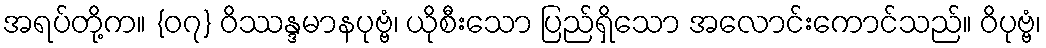
အရပ်တို့က။ {၀၇} ဝိဿန္ဒမာနပုဗ္ဗံ၊ ယိုစီးသော ပြည်ရှိသော အလောင်းကောင်သည်။ ဝိပုဗ္ဗံ၊